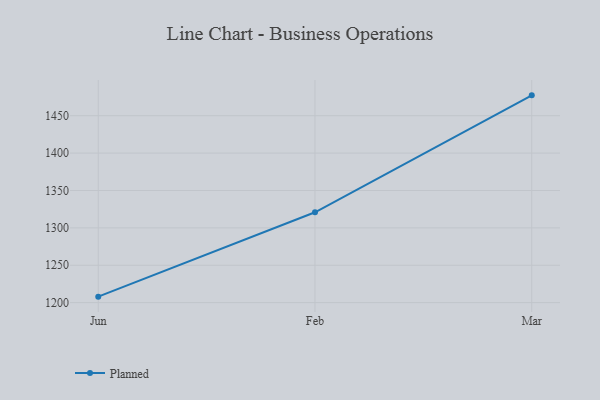
{"axis": {"x": "Month", "y": "Customer Acquisition Cost (USD)"}, "legend": ["Planned"], "data": [{"x": "Jun", "y": 1208.0, "type": "Planned"}, {"x": "Feb", "y": 1320.8, "type": "Planned"}, {"x": "Mar", "y": 1477.2, "type": "Planned"}]}